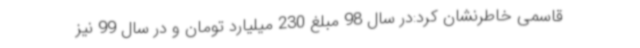
قاسمی خاطرنشان کرد:در سال 98 مبلغ 230 میلیارد تومان و در سال 99 نیز